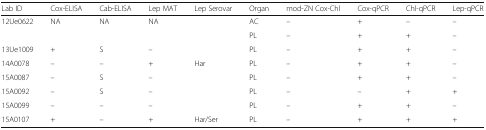
<table><thead><tr><td><b>Lab ID</b></td><td><b>Cox-ELISA</b></td><td><b>Cab-ELISA</b></td><td><b>Lep MAT</b></td><td><b>Lep Serovar</b></td><td><b>Organ</b></td><td><b>mod-ZN Cox-Chl</b></td><td><b>Cox-qPCR</b></td><td><b>Chl-qPCR</b></td><td><b>Lep-qPCR</b></td></tr></thead><tbody><tr><td>12Ue0622</td><td>NA</td><td>NA</td><td>NA</td><td></td><td>AC</td><td>–</td><td>+</td><td>–</td><td>–</td></tr><tr><td></td><td></td><td></td><td></td><td></td><td>PL</td><td>–</td><td>+</td><td>+</td><td>–</td></tr><tr><td>13Ue1009</td><td>+</td><td>S</td><td>–</td><td></td><td>PL</td><td>–</td><td>+</td><td>+</td><td>–</td></tr><tr><td>14A0078</td><td>–</td><td>–</td><td>+</td><td>Har</td><td>PL</td><td>–</td><td>+</td><td>+</td><td>–</td></tr><tr><td>15A0087</td><td>–</td><td>S</td><td>–</td><td></td><td>PL</td><td>–</td><td>+</td><td>+</td><td>–</td></tr><tr><td>15A0092</td><td>–</td><td>S</td><td>–</td><td></td><td>PL</td><td>–</td><td>–</td><td>+</td><td>+</td></tr><tr><td>15A0099</td><td>–</td><td>–</td><td>–</td><td></td><td>PL</td><td>–</td><td>+</td><td>+</td><td>–</td></tr><tr><td>15A0107</td><td>+</td><td>–</td><td>+</td><td>Har/Ser</td><td>PL</td><td>–</td><td>+</td><td>+</td><td>+</td></tr></tbody></table>